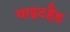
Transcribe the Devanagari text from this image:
वाइटहैड